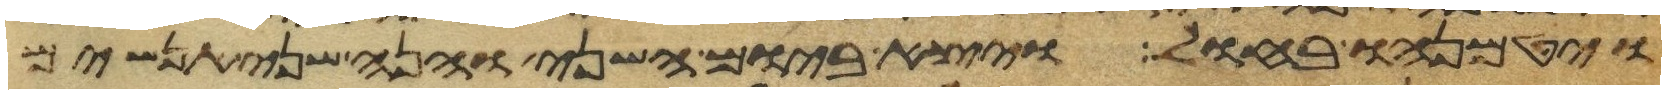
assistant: ויטמנהו בחול ויצא ביום השני והנה שני אנשים